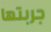
جربتها